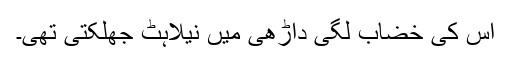
اس کی خضاب لگی داڑھی میں نیلاہٹ جھلکتی تھی۔